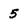
Character: 5